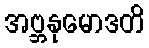
အဗ္ဘနုမောဒတိ